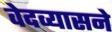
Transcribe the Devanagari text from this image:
वेदव्यासने